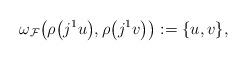
LaTeX: \begin{align*} \omega_{\mathcal{F}}\big(\rho\big(j^1 u\big), \rho\big(j^1 v\big)\big) : = \{u,v\}, \end{align*}